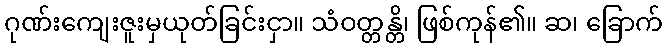
ဂုဏ်းကျေးဇူးမှယုတ်ခြင်းငှာ။ သံဝတ္တန္တိ၊ ဖြစ်ကုန်၏။ ဆ၊ ခြောက်